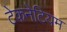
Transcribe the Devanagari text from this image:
टेकनेटियम